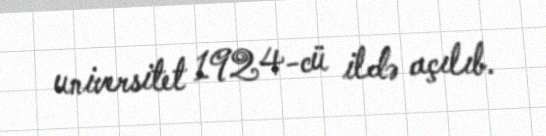
universitet 1924-cü ildə açılıb.